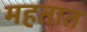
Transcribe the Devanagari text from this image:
महतात